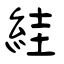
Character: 絓